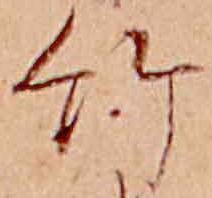
竹